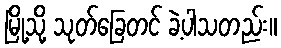
မြို့သို့ သုတ်ခြေတင် ခဲ့ပါသတည်း။